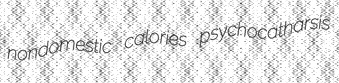
nondomestic calories psychocatharsis